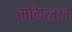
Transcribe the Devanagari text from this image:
मगिस्त्ररते